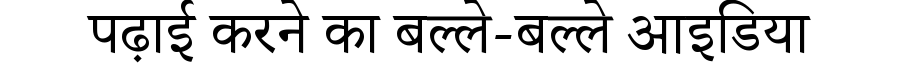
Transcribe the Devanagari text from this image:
पढ़ाई करने का बल्ले-बल्ले आइडिया